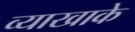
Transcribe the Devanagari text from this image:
व्याखाके